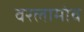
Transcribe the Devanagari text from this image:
वरलामोव